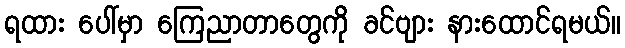
ရထား ပေါ်မှာ ကြေညာတာတွေကို ခင်ဗျား နားထောင်ရမယ်။